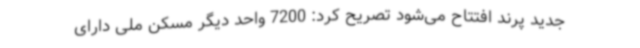
جدید پرند افتتاح می‌شود تصریح کرد: 7200 واحد دیگر مسکن ملی دارای